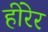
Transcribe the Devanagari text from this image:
हीरेर